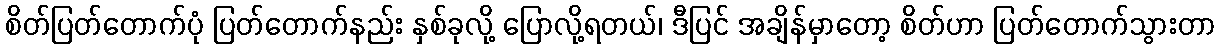
စိတ်ပြတ်တောက်ပုံ ပြတ်တောက်နည်း နှစ်ခုလို့ ပြောလို့ရတယ်၊ ဒီပြင် အချိန်မှာတော့ စိတ်ဟာ ပြတ်တောက်သွားတာ